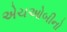
એચઓબીનો